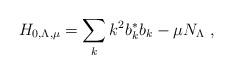
LaTeX: \begin{align*}H_{0,\Lambda,\mu} = \sum_{{k}} {k}^{2} b_{{k}}^{*}b_{{k}} -\mu N_{\Lambda} \ ,\end{align*}